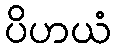
ပိဟယံ